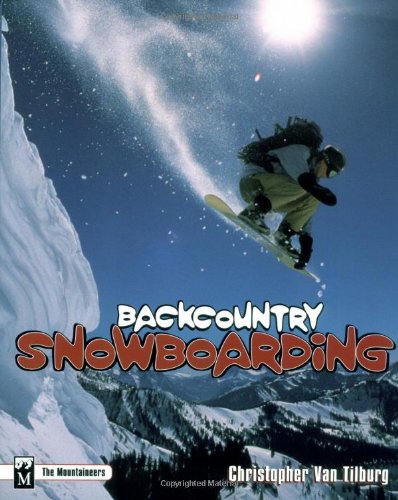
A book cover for Backcountry Snowboarding; Christopher Van Tilburg; Sports & Outdoors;